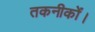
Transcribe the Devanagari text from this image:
तकनीकों।